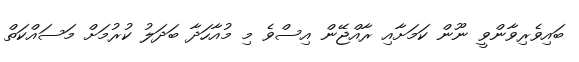
ބައިވެރިވާންވީ ނޫން ކަމަށާއި ރާއްޖޭން އިސްވެ މި މުއާހަދާ ބަދަލު ކުރުމަށް މަސައްކަތް